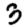
Digit: 3